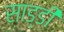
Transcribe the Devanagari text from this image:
साड्डी